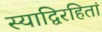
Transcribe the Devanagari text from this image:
स्याद्विरहितां